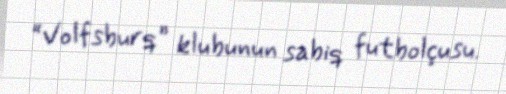
“Volfsburq” klubunun sabiq futbolçusu.